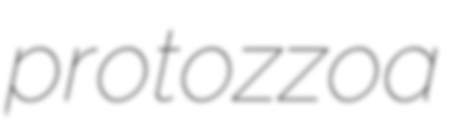
protozzoa